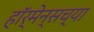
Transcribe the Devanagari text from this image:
हॉर्मेन्सच्या